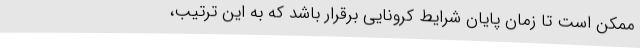
ممکن است تا زمان پایان شرایط کرونایی برقرار باشد که به این ترتیب،